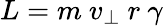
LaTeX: L=m\ v_{\perp}\ r\ \gamma